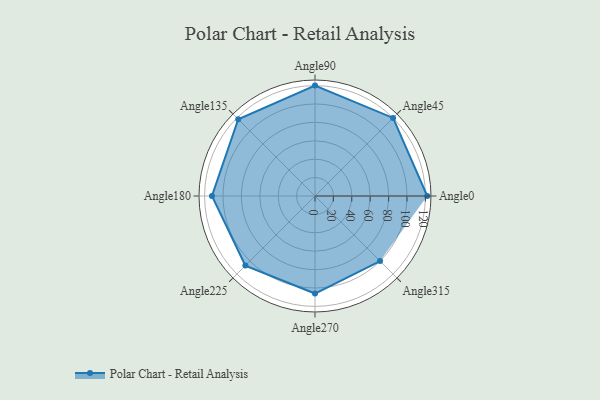
{"axis": {"x": "Angle", "y": "Radius"}, "legend": [""], "data": [{"x": "Angle0", "y": 122.0, "type": ""}, {"x": "Angle45", "y": 120.0, "type": ""}, {"x": "Angle90", "y": 120.0, "type": ""}, {"x": "Angle135", "y": 118.0, "type": ""}, {"x": "Angle180", "y": 112.0, "type": ""}, {"x": "Angle225", "y": 107.0, "type": ""}, {"x": "Angle270", "y": 106.0, "type": ""}, {"x": "Angle315", "y": 100.0, "type": ""}]}